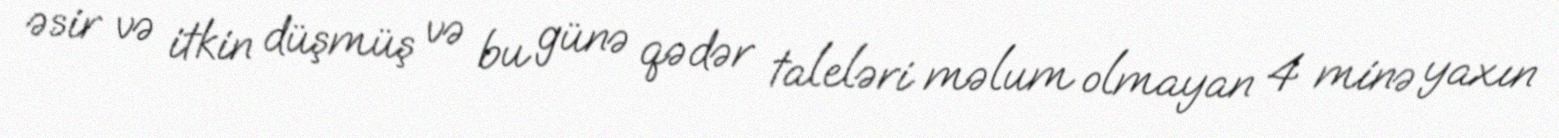
əsir və itkin düşmüş və bu günə qədər taleləri məlum olmayan 4 minə yaxın